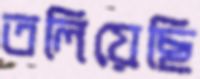
তলিয়েছি